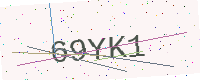
Text: 69YK1